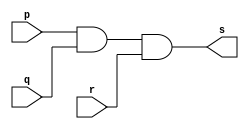
// ------------------------- 
// Exercicio0008 - AND 
// Nome: Filipe Viana de Miranda 
// ------------------------- 
// ------------------------- 
// -- and gate 
// ------------------------- 
module andgate ( output s, input p,input q,input r); 
assign s = p&q&r ; 
endmodule // andgate 
// --------------------- 
// -- test and gate 
// --------------------- 
module testandgate; 
// ------------------------- dados locais 
reg a, b, c; // definir registradores 
wire s; // definir conexao (fio) 
// ------------------------- instancia 
andgate AND1 (s, a, b, c); 
// ------------------------- preparacao 
initial begin:start 
// atribuicao simultanea 
// dos valores iniciais 
a=0; b=0; c =0;
end 
// ------------------------- parte principal 
initial begin 
$display("Exercicio0008 - Filipe Viana de Miranda - 446415"); 
$display("Test AND gate"); 
$display("\na & b & c = s\n"); 
a=0; b=0; 
#1 $monitor("%b & %b & %b = %b", a, b, c, s); 
#1 a=0; b=0; c=0; 
#1 a=0; b=0; c=1;
#1 a=0; b=1; c=0;
#1 a=0; b=1; c=1;
#1 a=1; b=0; c=0;
#1 a=1; b=0; c=1;
#1 a=1; b=1; c=0;
#1 a=1; b=1; c=1;
end 
endmodule // testnandgate